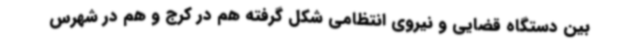
بین دستگاه قضایی و نیروی انتظامی شکل گرفته هم در کرج و هم در شهرس